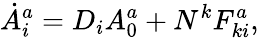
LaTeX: \dot{A}_{i}^{a}=D_{i}A_{0}^{a}+N^{k}F_{ki}^{a},